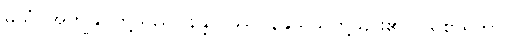
မယံ၊ အကျွန်ုပ်တို့သည်။ နန္ဒိယဿ၊ နန္ဒိယသတို့သား၏။ ပရိစာရိကာ၊